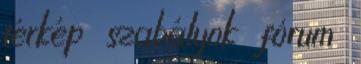
térkép szabályok fórum